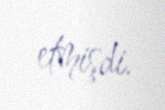
etmişdi.